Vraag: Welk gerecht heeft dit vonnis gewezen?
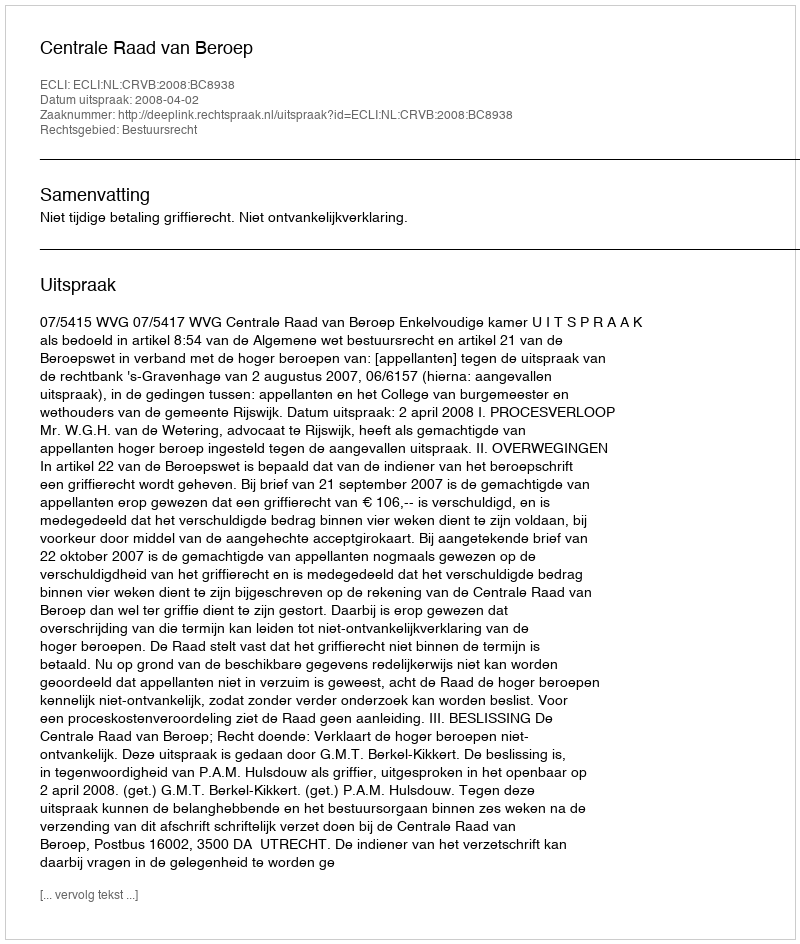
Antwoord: Centrale Raad van Beroep